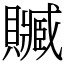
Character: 贓